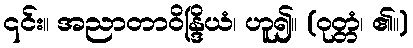
၎င်း။ အညာတာဝိန္ဒြိယံ၊ ဟူ၍။ (ဝုတ္တံ၊ ၏။)